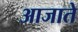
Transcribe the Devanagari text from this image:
आजाते